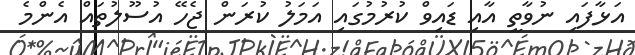
އަޅާފައި ނުވާތީ އާއި ޑައިވް ކުރުމުގައި އަމަލު ކުރަން ޖެހޭ އުސޫލުތައް އެންމެ